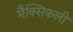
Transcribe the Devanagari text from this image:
मैक्सिकली